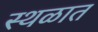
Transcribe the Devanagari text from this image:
स्थळात